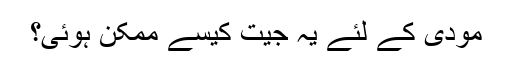
مودی کے لئے یہ جیت کیسے ممکن ہوئی؟